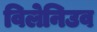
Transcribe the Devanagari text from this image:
विलेनिउव